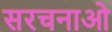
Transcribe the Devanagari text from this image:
सरचनाओ